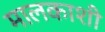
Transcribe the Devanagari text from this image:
मालकाशी